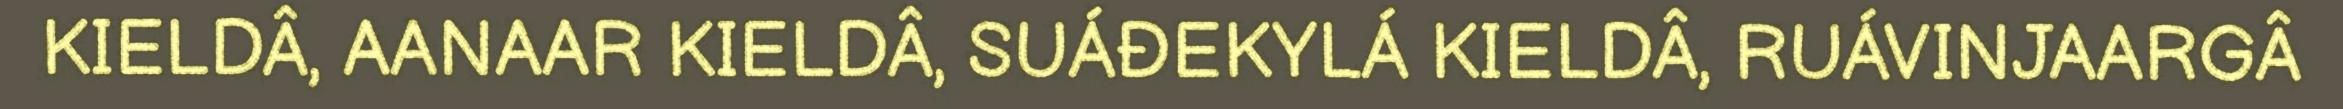
KIELDÂ, AANAAR KIELDÂ, SUÁĐEKYLÁ KIELDÂ, RUÁVINJAARGÂ